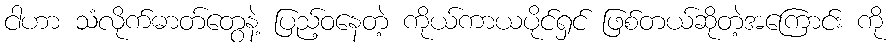
ငါဟာ သံလိုက်ဓာတ်တွေနဲ့ ပြည့်ဝနေတဲ့ ကိုယ်ကာယပိုင်ရှင် ဖြစ်တယ်ဆိုတဲ့အကြောင်း ကို